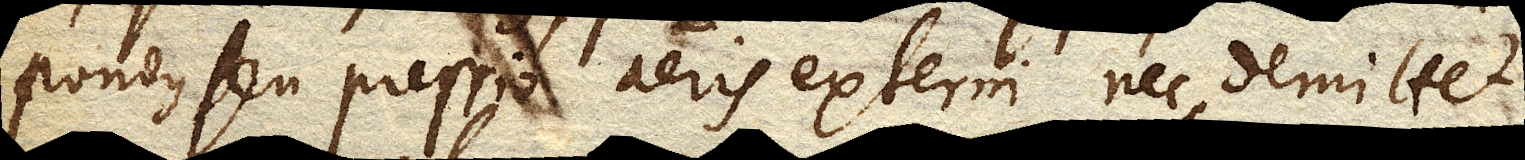
pondus seu pressio aeris externi nec demittet